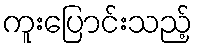
ကူးပြောင်းသည့်